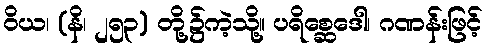
ဝိယ၊ (နိ၊ ၂၅၃) တို့၌ကဲ့သို့။ ပရိစ္ဆေဒေါ၊ ဂဏန်းဖြင့်